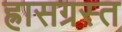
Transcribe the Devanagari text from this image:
ह्रासग्रस्त